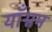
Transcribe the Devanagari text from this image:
याँग्नम